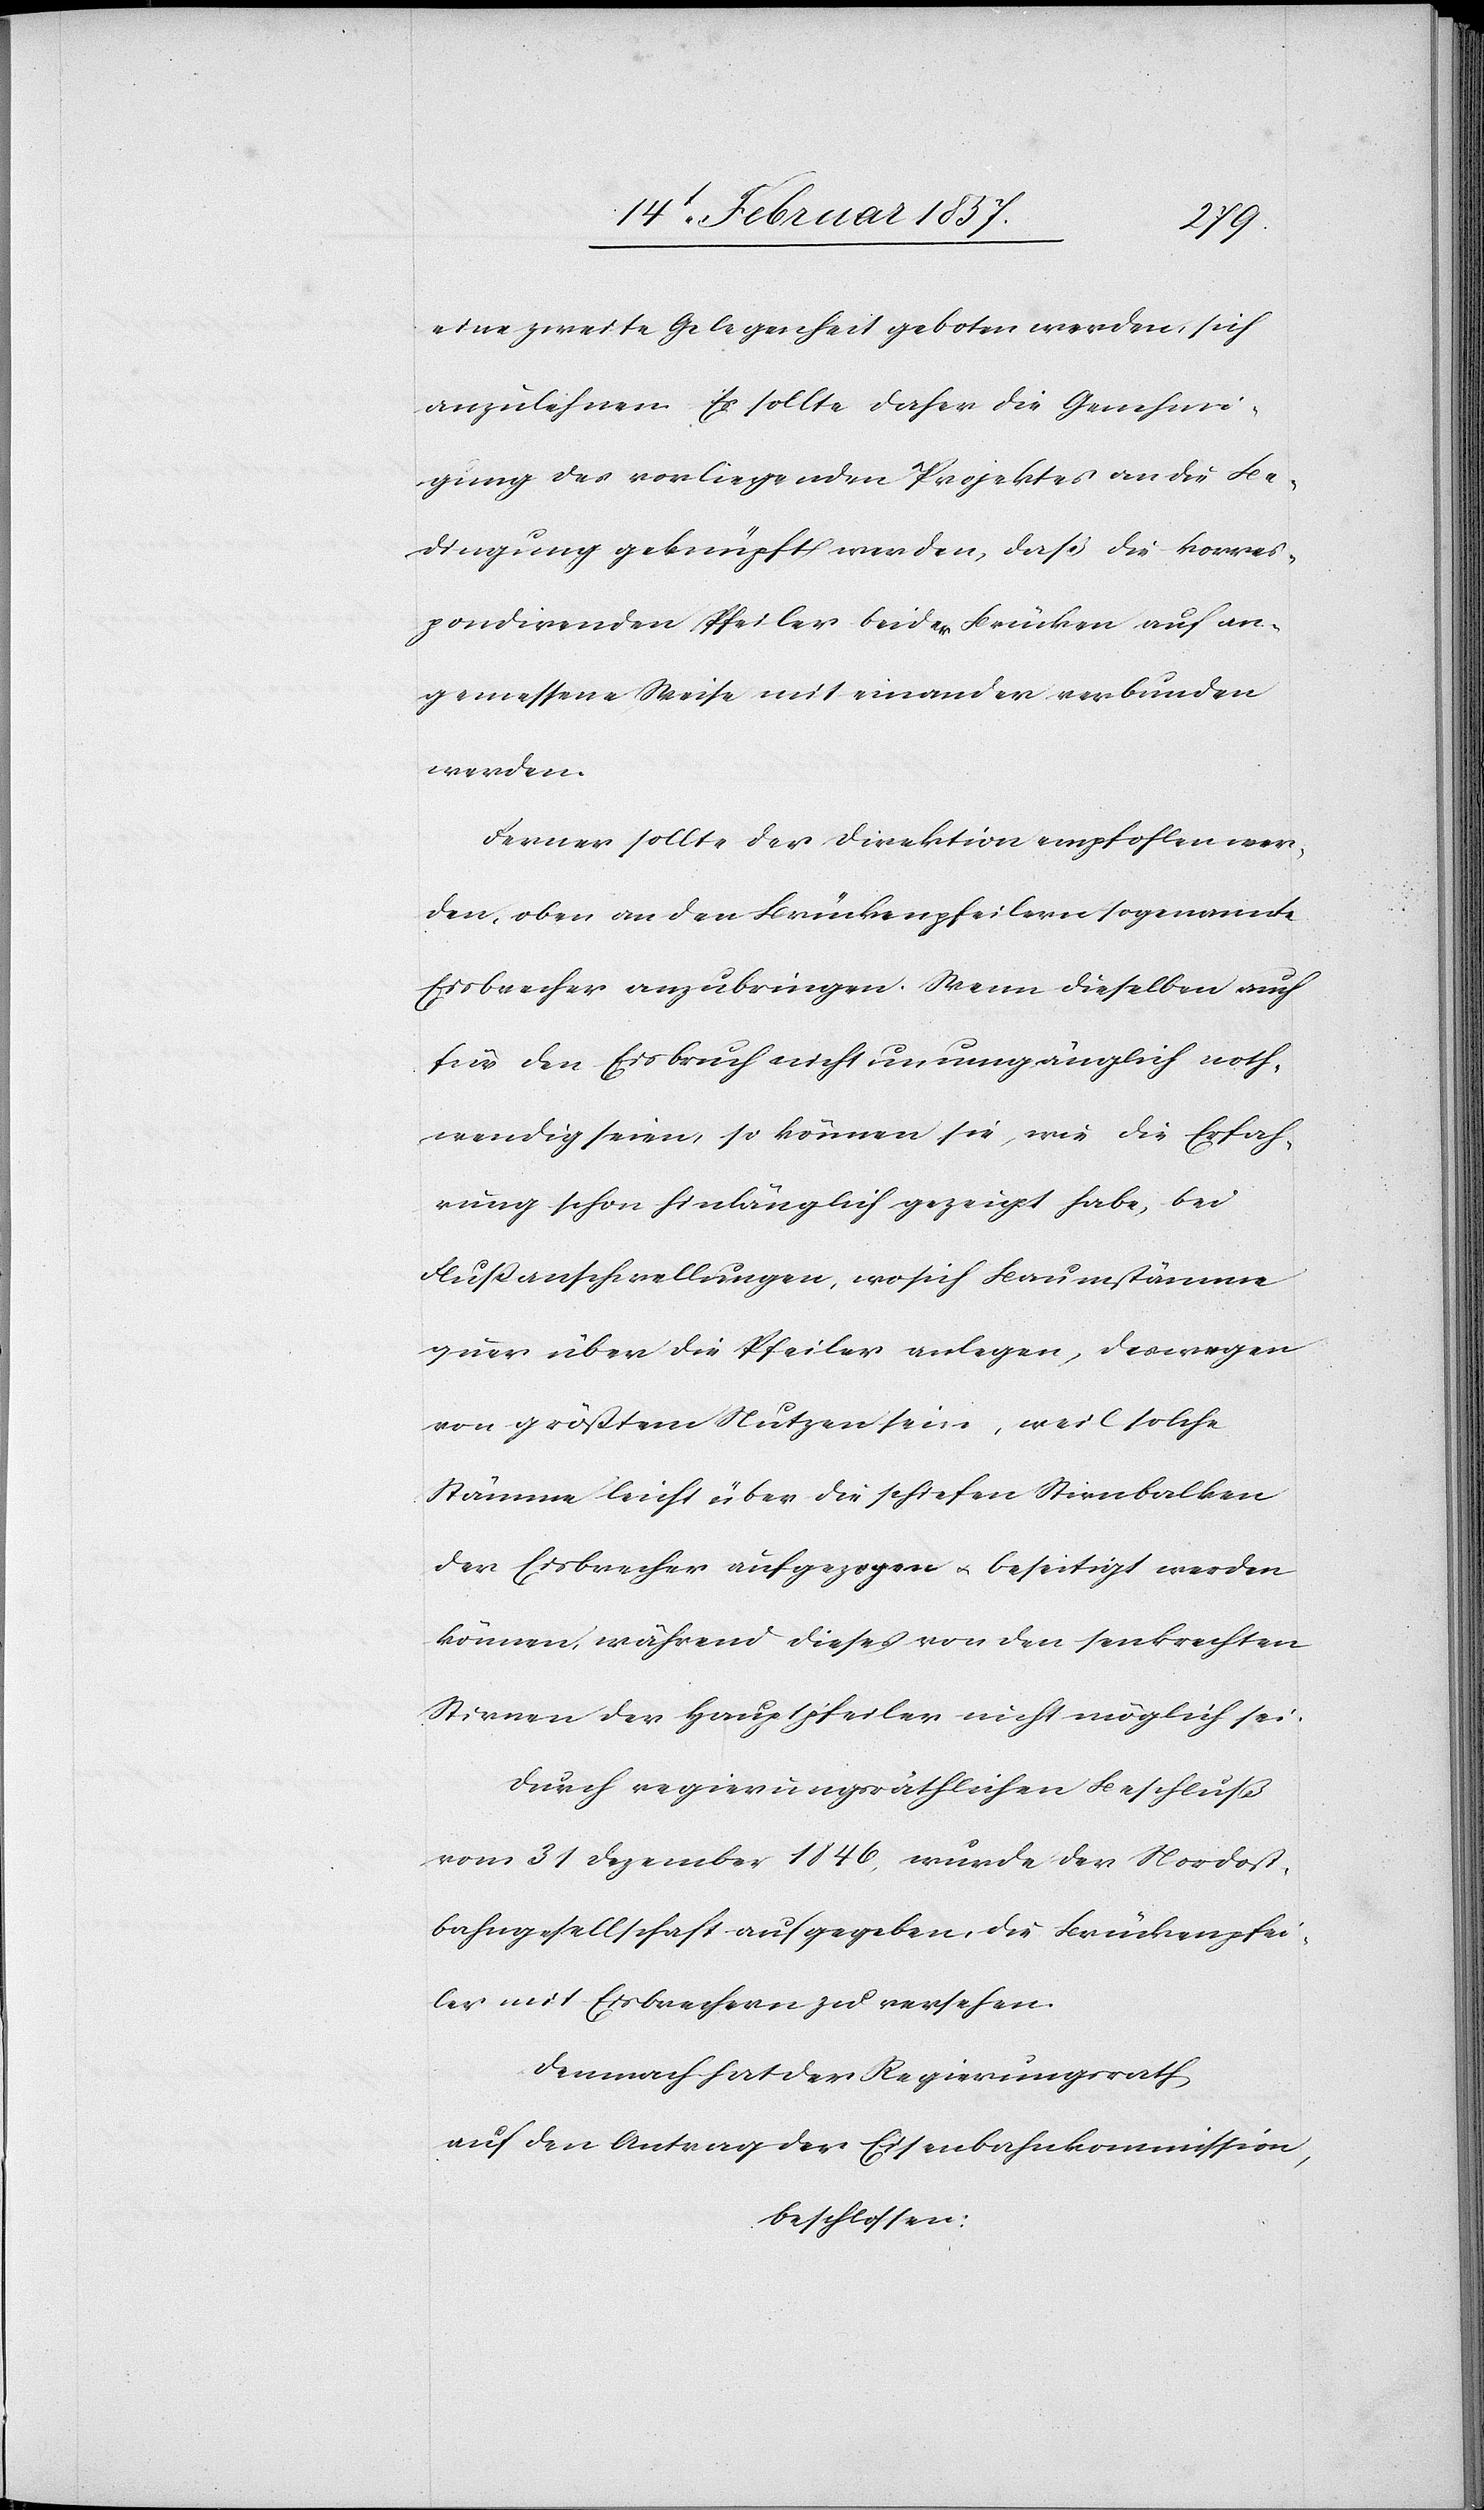
eine zweite Gelegenheit geboten werden, sich
anzulehnen. Es sollte daher die Genehmi¬
gung des vorliegenden Projektes an die Be¬
dingung geknüpft werden, daß die korres¬
pondirenden Pfeiler beider Brücken auf an¬
gemessene Weise mit einander verbunden
werden.
Ferner sollte der Direktion empfohlen wer¬
den, oben an den Brückenpfeilern sogenannte
Eisbrecher anzubringen. Wenn dieselben auch
für den Eisbruch nicht unumgänglich noth¬
wendig seien, so können sie, wie die Erfah¬
rung schon hinlänglich gezeigt habe, bei
Flußanschwellungen, wo sich Baumstämme
quer über die Pfeiler verlegen, deswegen
von größtem Nutzen sein, weil solche
Stämme leicht über die schiefen Stirnbalken
der Eisbrecher aufgezogen u. beseitigt werden
können, während dieses von den senkrechten
Stirnen der Hauptpfeiler nicht möglich sei.
Durch regierungsräthlichen Beschluß
vom 31 Dezember 1846, wurde der Nordost¬
bahngesellschaft aufgegeben, die Brückenpfei¬
ler mit Eisbrechern zu versehen.
Demnach hat der Regierungsrath
auf den Antrag der Eisenbahnkommission,
beschlossen.